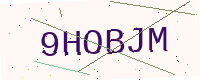
Text: 9HOBJM